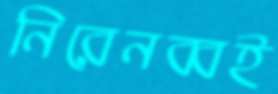
নিরেনব্বই